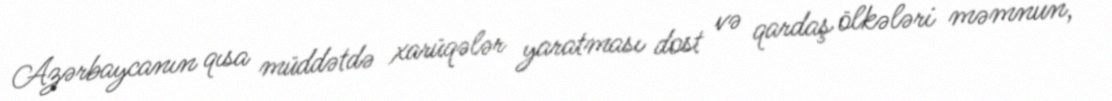
Azərbaycanın qısa müddətdə xarüqələr yaratması dost və qardaş ölkələri məmnun,